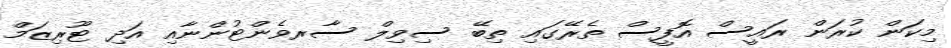
މިކަން ކުރަން ރައީސް އޮފީސް ތެރޭގައި ތިބޭ ސިވިލް ސާރވެންޓުންނާއި އަދި ޓޫރިޒަމް